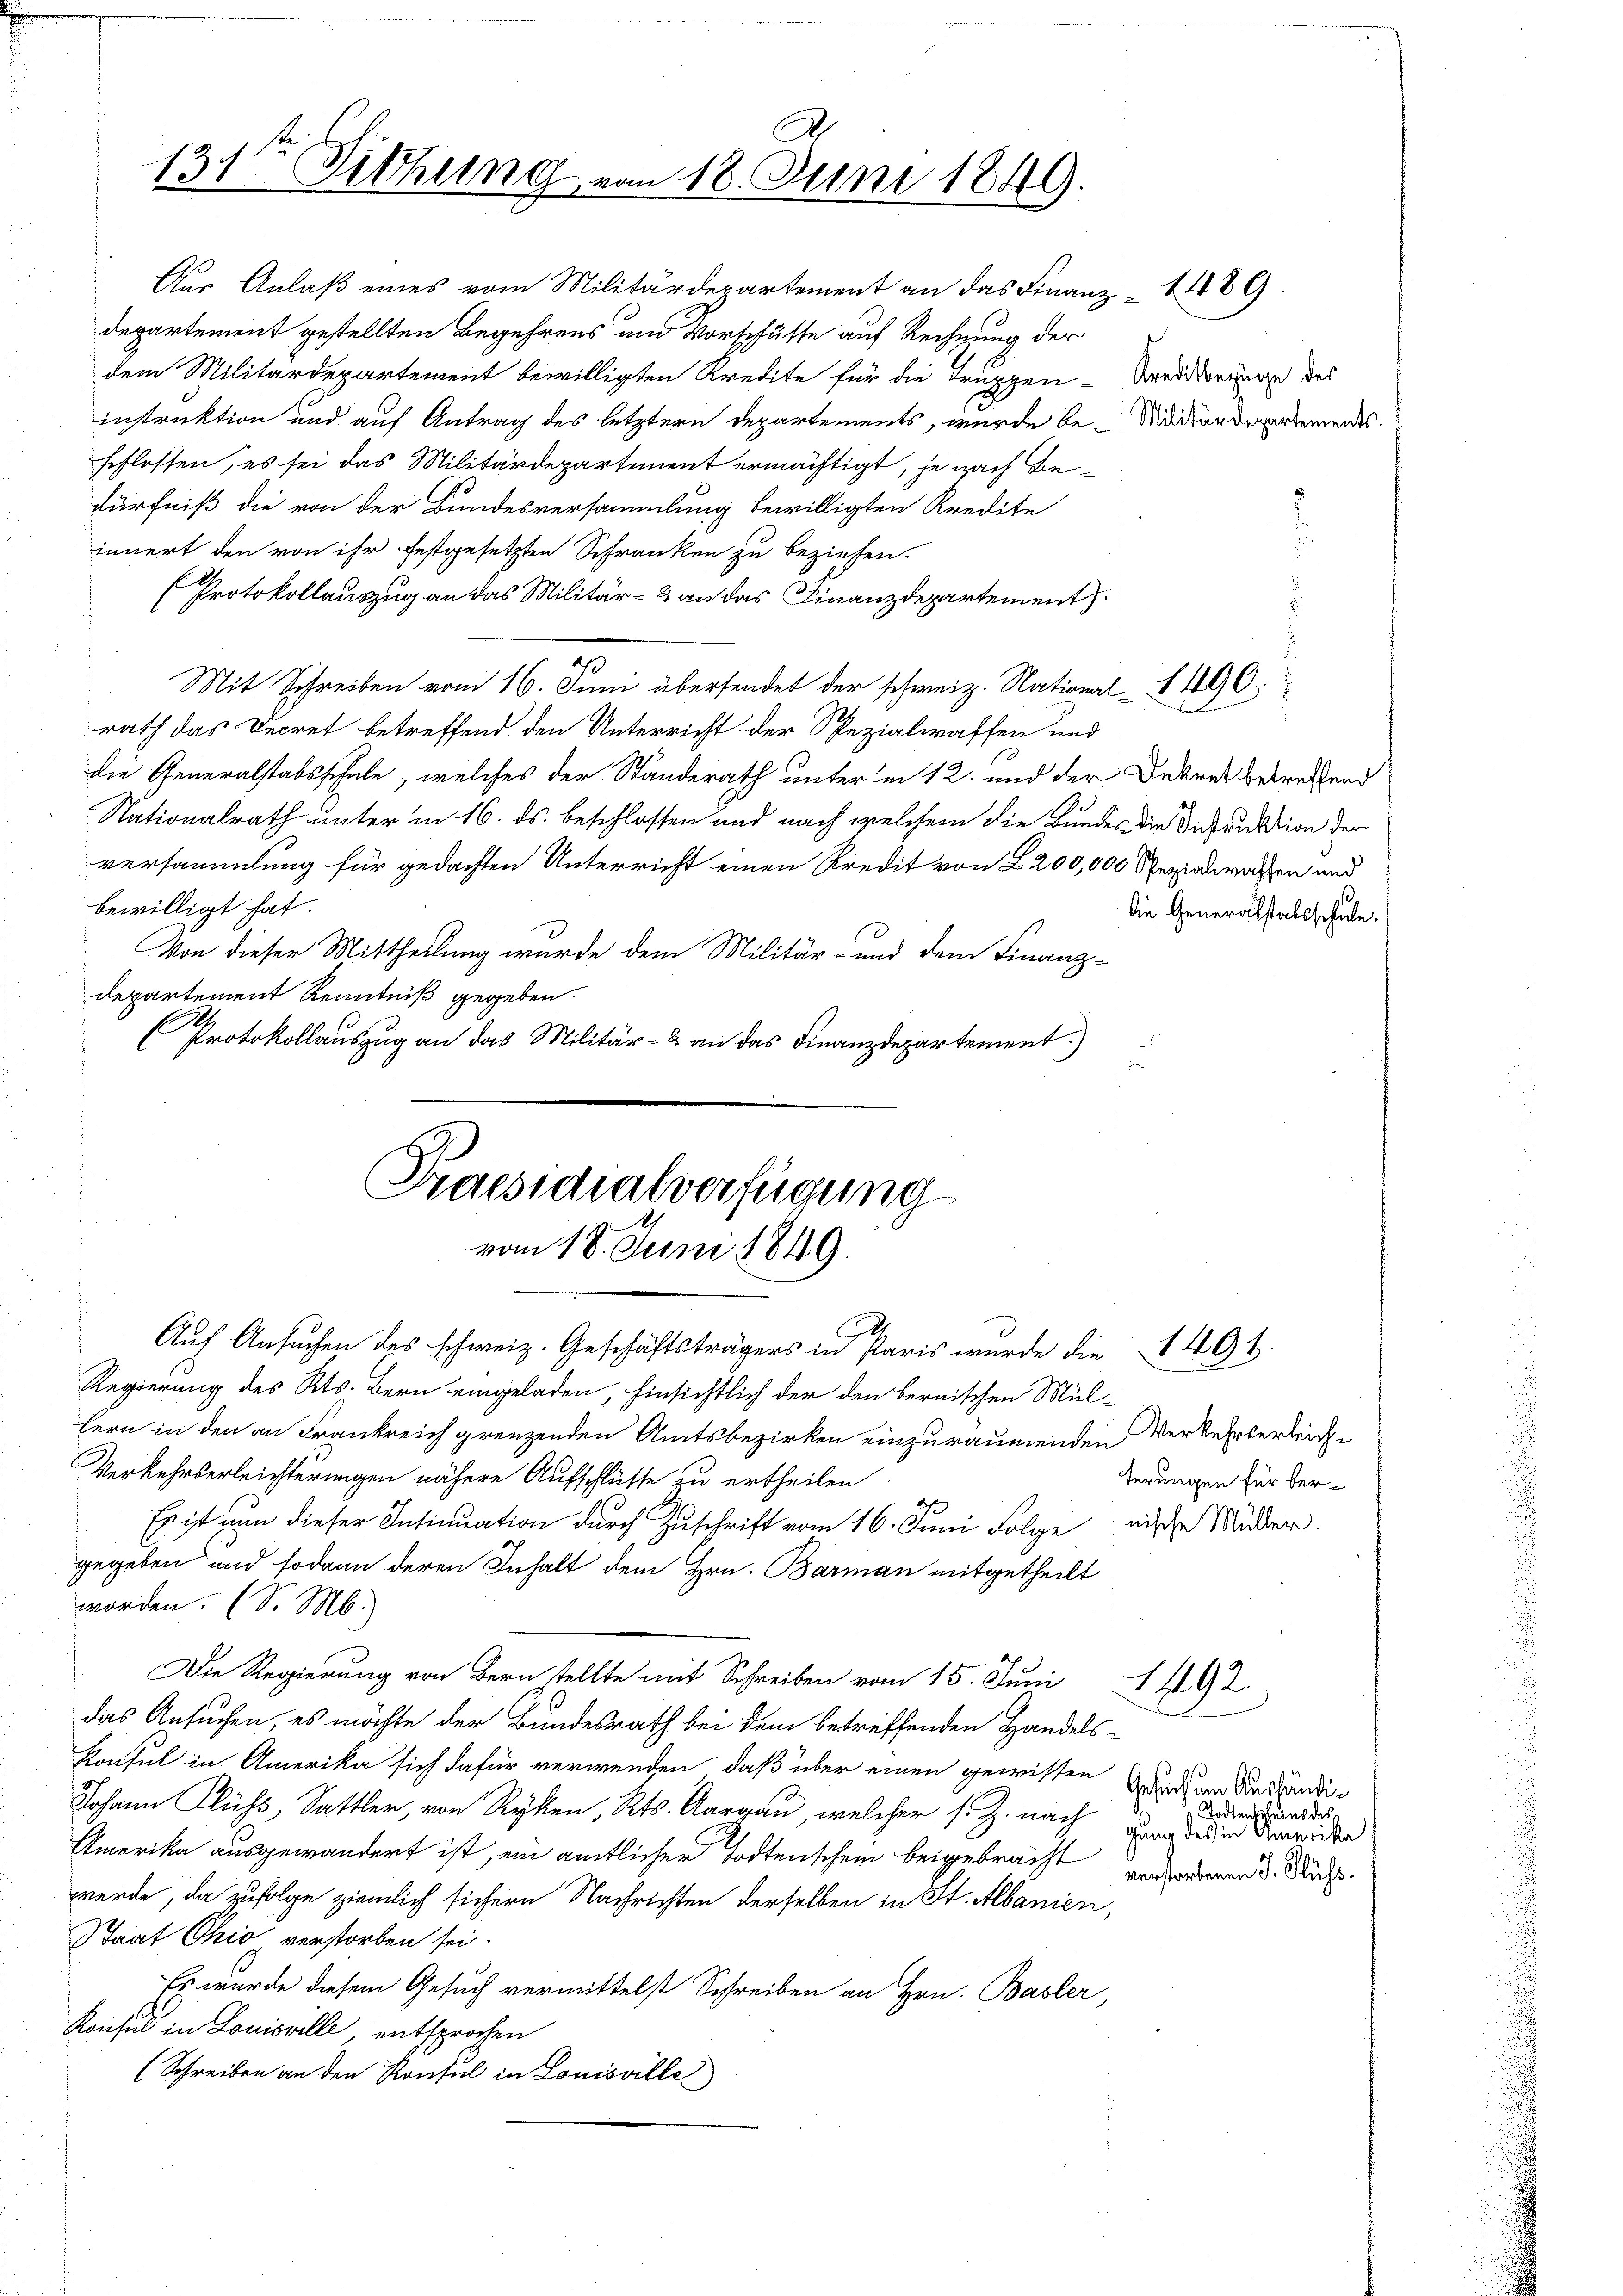
131ten Sitzung

Aus Anlaß eines vom Militärdepartement an das Finanz- 1489.
departement gestellten Begehrens und Vorschüsse auf Rechnung der
dem Militärdepartement bewilligten Kredite für die Truppen-Areddirungen des
instruktion und auf Antrag des letztere Departements, wurde be- Mediardepartemendes
schlossen, es sei das Militärdepartement ermächtigt, je nach Bedürfniß die von der Bundesversammlung bewilligten Kredite
innert den von ihr festgesetzten Schranken zu beziehen.
(Protokollauszug an das Militär- & an das Finanzdepartement
Mit Schreiben vom 16. Juni übersendet der schweiz. National- 490
rath das Decret betreffend den Unterricht der Spezialwaffen und
die Generalstabsschule, welches der Standerath unter in 12. und der Dekret betreffend
Nationalrath unter in 16. ds. beschlossen und nach welchem die Bundes die Instruktion der
versammlung für gedachten Unterricht einen Kredit von 2200,000 Spezialrathen und
bewilligt hat.
Von dieser Mittheilung wurde dem Militär- und dem Finanz-
departement Kenntniß gegeben.
A
(Protokollauszug an das Militär- & an das Finanzdepartement.)
u

Praesidialverfügung
vom 18. Juni 1849.

A.
18. Juni 1849.

Auf Ansuchen des schweiz. Geschäftsträgers in Paris wurde die 1491.
Regierung des Kts. Bern eingeladen, hinsichtlich der den bernischen Mültern in den an Frankreich grenzenden Amtsbezirken einzuräumenden Verkehrterbeite
Verkehrserleichterungen nähere Aufschlüsse zu ertheilen
Es ist nun dieser Insinuation durch Zuschrift vom 16. Juni Folge dische Müder.
gegeben und sodann deren Inhalt dem Hrn. Barman mitgetheilt
worden. (S. M.
Die Regierung von Bern stellte mit Schreiben vom 15. Juni
das Ansuchen, es möchte der Bundesrath bei dem betreffenden Handels¬
Konsul in Amerika sich dafür verwenden, daß über einen gewissen
Johann Flucht, Sattler, von Ryken, Kts. Aargau, welcher s. Z. nach
Amerika ausgewandert ist, ein amtlicher Todtenschen beigebracht und deren d. Muh
werde, da zufolge ziemlich sichern Nachrichten derselben in St. Albanien,
Staat Ohio verstorben sei.
Es wurde diesem Gesuch vermittelst Schreiben an Hrn. Basler,
Konsul in Louisville entsprochen
(Schreiben an den Konsul in Louisville

Die Generalstalsschule.

ferungen für ber¬

1492

Gesuch um Aushändig
Todtenscheins des
gung des in Amerika